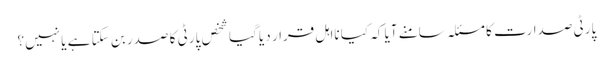
پارٹی صدارت کا مسئلہ سامنے آیا کہ کیا نااہل قرار دیا گیا شخص پارٹی کا صدر بن سکتا ہے یا نہیں؟